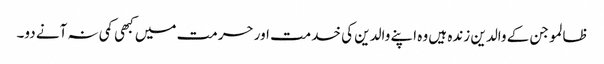
ظالمو جن کے والدین زندہ ہیں وہ اپنے والدین کی خدمت اور حرمت میں کبھی کمی نہ آنے دو۔